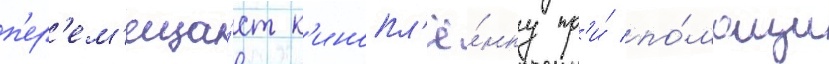
п'ер'ем'еща́ет к'инопл'ё́нку пр'и́ по́мощи